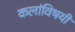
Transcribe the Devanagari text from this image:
कलांविषयी